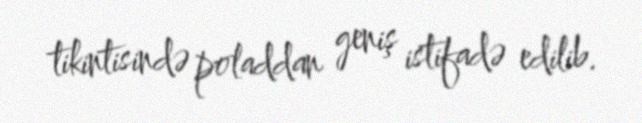
tikintisində poladdan geniş istifadə edilib.